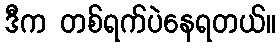
ဒီက တစ်ရက်ပဲနေရတယ်။